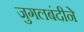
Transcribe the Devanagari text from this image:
जुगलबंदीने